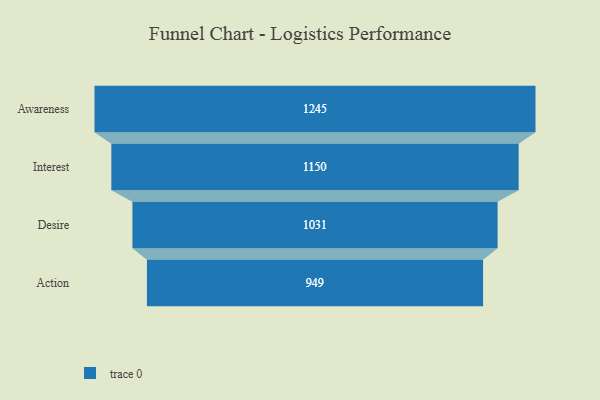
{"axis": {"x": "Stage", "y": "Value"}, "legend": [""], "data": [{"x": "Awareness", "y": 1245.0, "type": ""}, {"x": "Interest", "y": 1150.0, "type": ""}, {"x": "Desire", "y": 1031.0, "type": ""}, {"x": "Action", "y": 949.0, "type": ""}]}